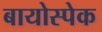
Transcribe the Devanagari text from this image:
बायोस्पेक